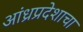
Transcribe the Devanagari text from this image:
आंध्रप्रदेशाचा